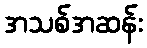
အသစ်အဆန်း